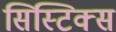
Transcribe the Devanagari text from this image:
सिस्टिक्स